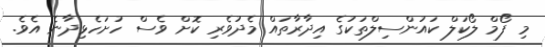
މި ފޯމް ލޯކަލް ކައުންސިލްތަކުގެ އިދާރާތައް މެދުވެރި ކޮށް ވެސް ހުށަހެޅިދާނެ އެވެ.